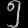
Digit: ၅